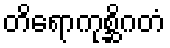
တိရောကုစ္ဆိဂတံ